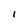
Character: I